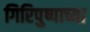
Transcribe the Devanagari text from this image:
गिरिपुष्पाच्या